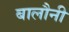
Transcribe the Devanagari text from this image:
बालौनी